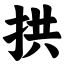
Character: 拱